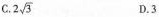
C.2 \sqrt{3} D.3